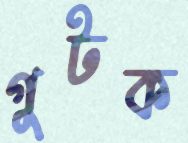
গুটক